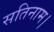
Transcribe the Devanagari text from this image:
सतिनाम।